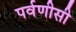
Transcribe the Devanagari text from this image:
पर्वणीसी